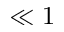
\ll 1